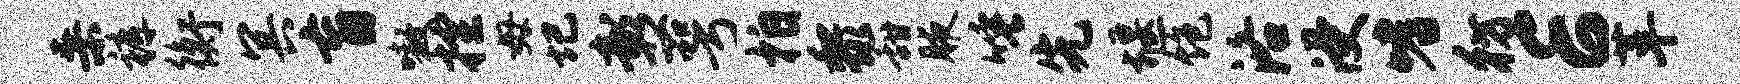
桑裤衡冥盲嗷控毋圮彰萼拍黎甜腋唾先堰饱洛浸嗜彷E革